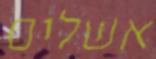
אשלים